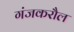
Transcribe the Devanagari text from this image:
गंजकरौल